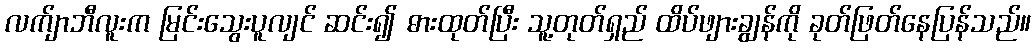
လက်ျာဘီလူးက မြင်းသွေးပူလျင် ဆင်း၍ ဓားထုတ်ပြီး သူ့တုတ်ရှည် ထိပ်ဖျားချွန်ကို ခုတ်ဖြတ်နေပြန်သည်။